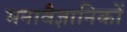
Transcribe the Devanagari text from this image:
मनावैज्ञानिकों